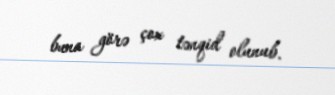
buna görə çox tənqid olunub.